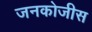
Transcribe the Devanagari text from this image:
जनकोजीस